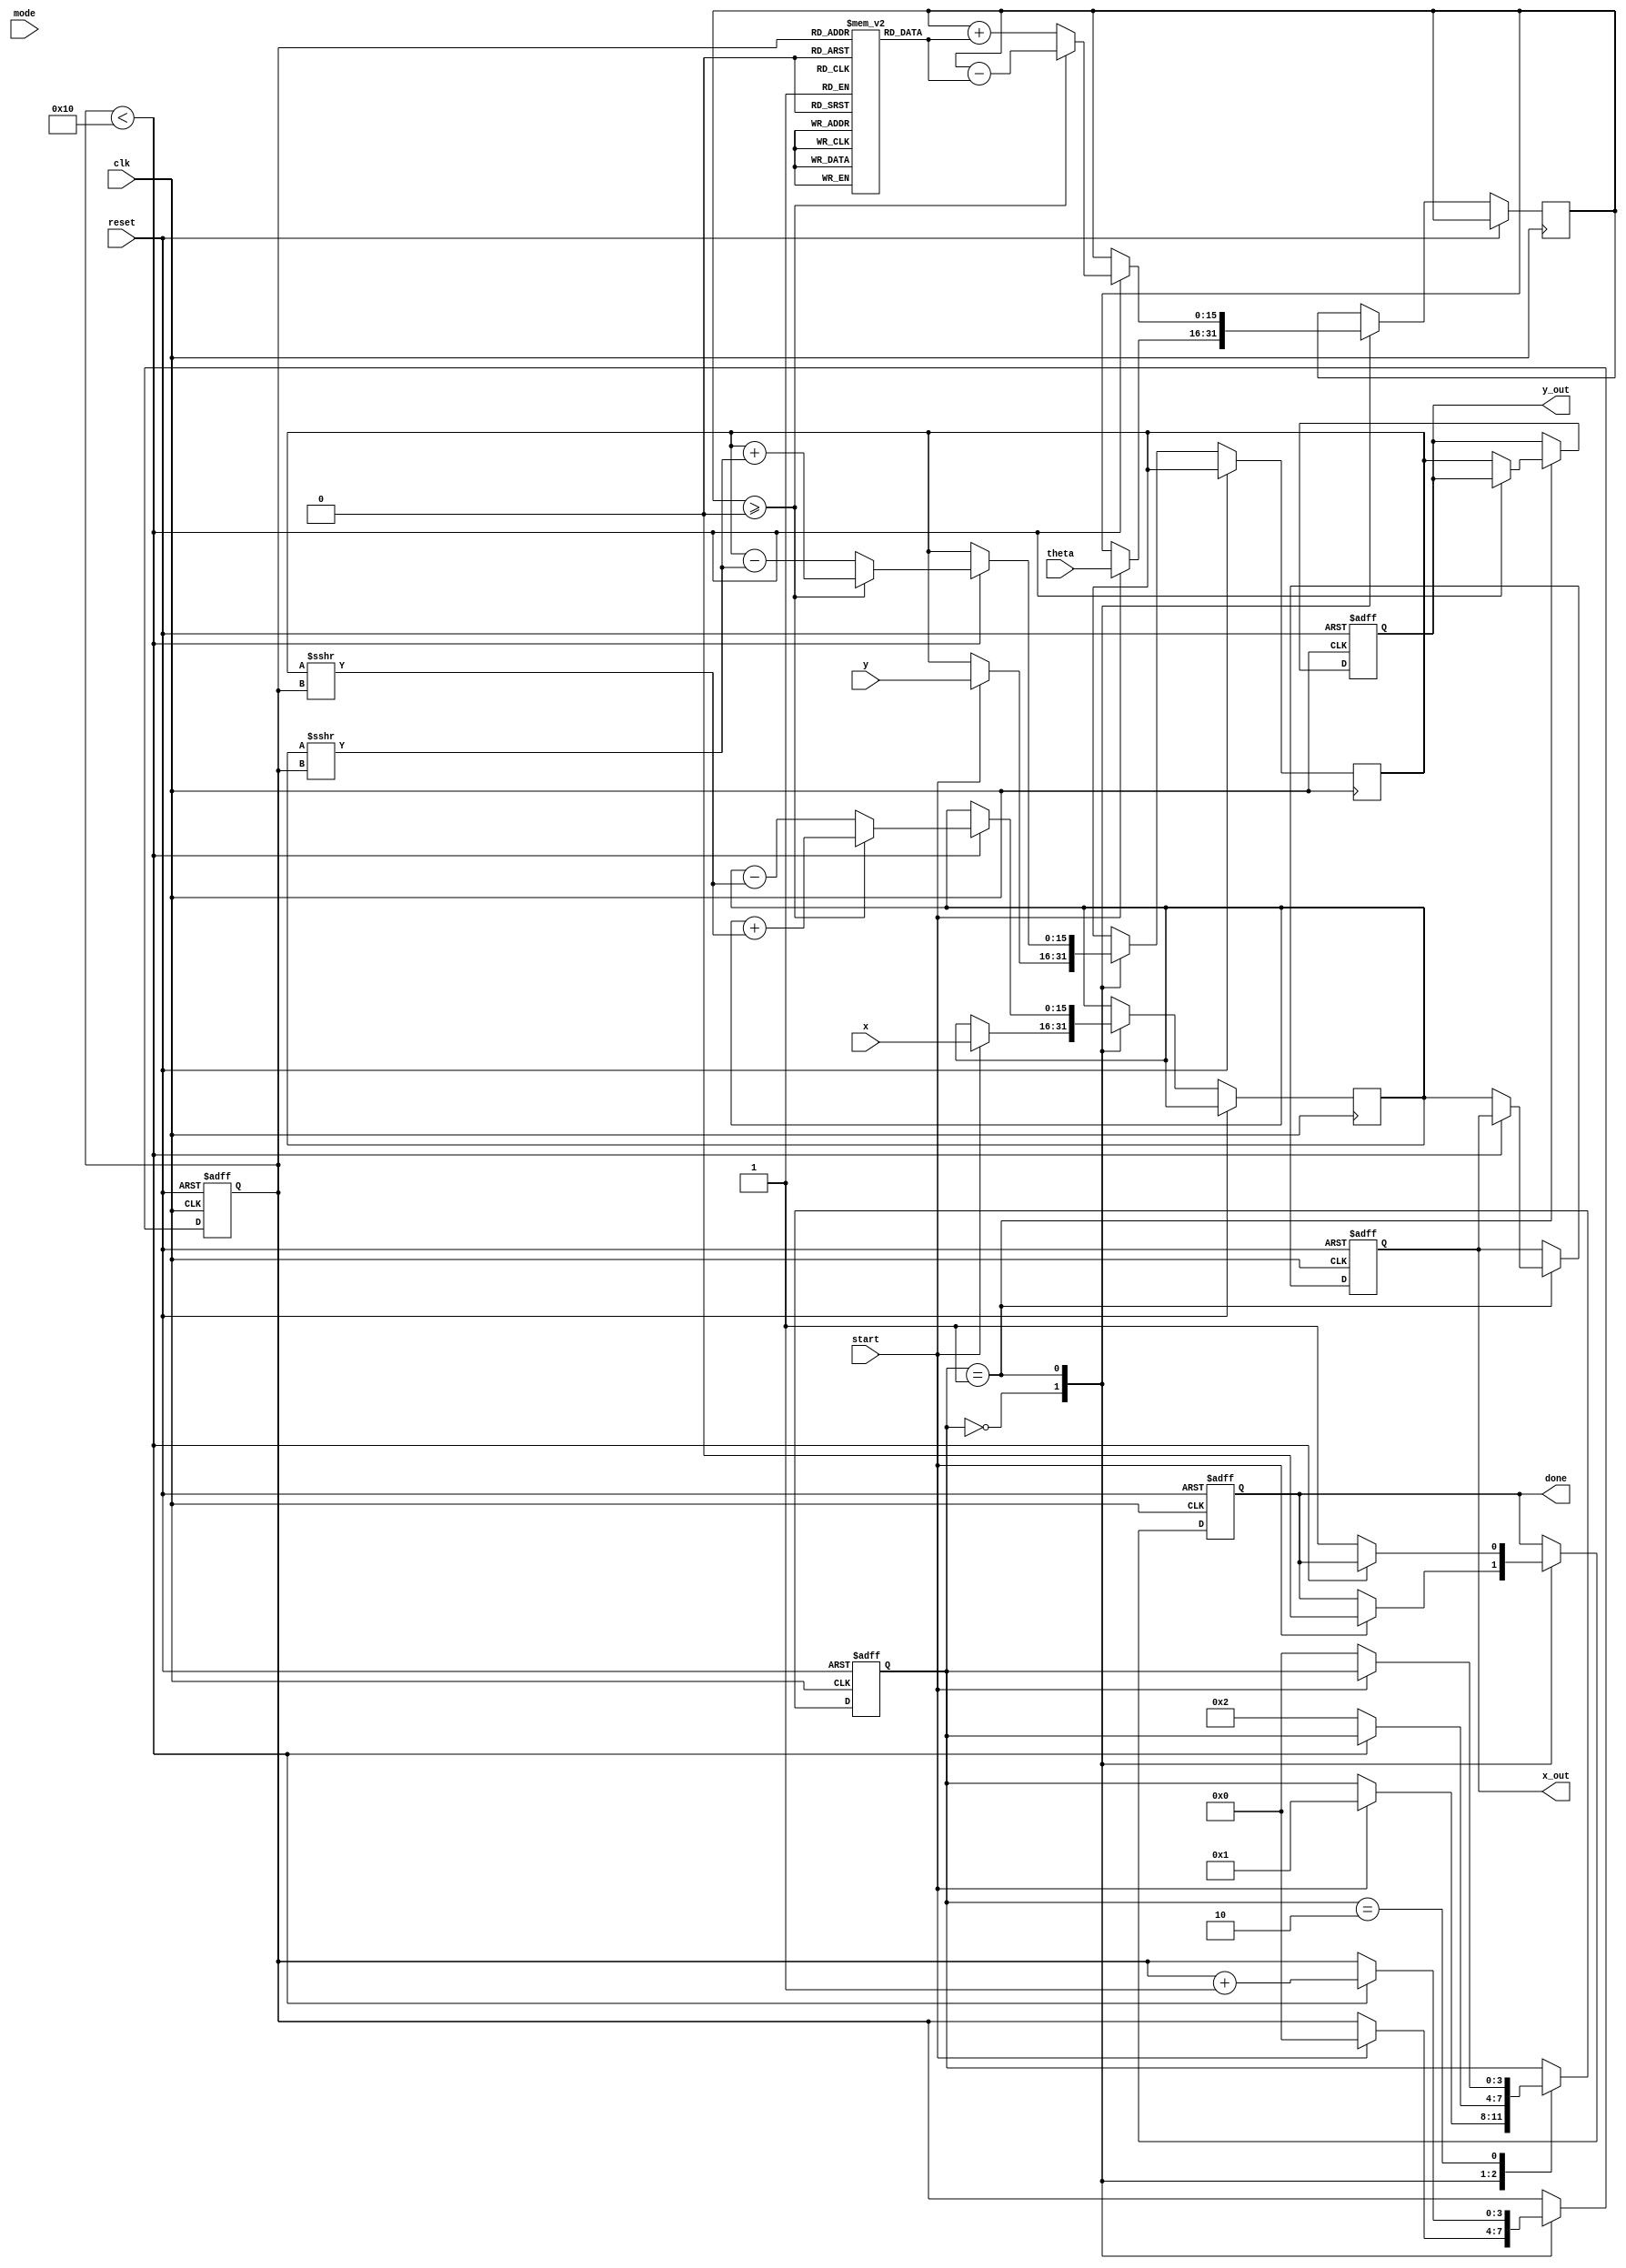
module hyperbolic_cordic (
    input wire signed [15:0] x,      // Initial x-coordinate
    input wire signed [15:0] y,      // Initial y-coordinate
    input wire signed [15:0] theta,   // Angle in radians (fixed-point)
    input wire mode,                  // Mode: 0 for circular, 1 for hyperbolic
    input wire start,                 // Start signal
    input wire clk,                   // Clock signal
    input wire reset,                 // Reset signal
    output reg signed [15:0] x_out,   // Hyperbolic cosine result
    output reg signed [15:0] y_out,   // Hyperbolic sine result
    output reg done                   // Done signal
);

    // Parameters
    parameter NUM_ITERATIONS = 16;    // Number of CORDIC iterations
    parameter ANGLE_LUT_SIZE = 16;     // Size of the angle LUT

    // Angle lookup table for hyperbolic functions (fixed-point representation)
    reg signed [15:0] angle_lut [0:ANGLE_LUT_SIZE-1];

    // Internal signals
    reg signed [15:0] x_reg, y_reg;    // Registers for x and y
    reg signed [15:0] z_reg;            // Register for angle
    reg [3:0] state;                    // State variable
    reg [3:0] iteration;                // Iteration counter

    // State definitions
    localparam IDLE = 0, COMPUTE = 1, DONE = 2;

    // Initialize the angle LUT for hyperbolic functions
    initial begin
        angle_lut[0] = 16'h0000; // 0.0
        angle_lut[1] = 16'h0001; // Small angles for hyperbolic
        angle_lut[2] = 16'h0002; // etc...
        // Fill in the LUT with appropriate values for hyperbolic functions
    end

    // State machine
    always @(posedge clk or posedge reset) begin
        if (reset) begin
            state <= IDLE;
            done <= 0;
            iteration <= 0;
            x_out <= 0;
            y_out <= 0;
        end else begin
            case (state)
                IDLE: begin
                    if (start) begin
                        x_reg <= x;
                        y_reg <= y;
                        z_reg <= theta;
                        iteration <= 0;
                        state <= COMPUTE;
                        done <= 0;
                    end
                end

                COMPUTE: begin
                    if (iteration < NUM_ITERATIONS) begin
                        // CORDIC rotation logic
                        if (z_reg >= 0) begin
                            // Perform hyperbolic rotation
                            x_reg <= x_reg + (y_reg >>> iteration);
                            y_reg <= y_reg + (x_reg >>> iteration);
                            z_reg <= z_reg - angle_lut[iteration];
                        end else begin
                            // Perform hyperbolic rotation in the opposite direction
                            x_reg <= x_reg - (y_reg >>> iteration);
                            y_reg <= y_reg - (x_reg >>> iteration);
                            z_reg <= z_reg + angle_lut[iteration];
                        end
                        iteration <= iteration + 1;
                    end else begin
                        // Finished computation
                        x_out <= x_reg; // Hyperbolic cosine result
                        y_out <= y_reg; // Hyperbolic sine result
                        done <= 1;
                        state <= DONE;
                    end
                end

                DONE: begin
                    if (!start) begin
                        state <= IDLE; // Go back to IDLE state
                    end
                end
            endcase
        end
    end
endmodule